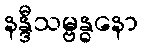
နန္ဒီသမ္ဗန္ဓနော